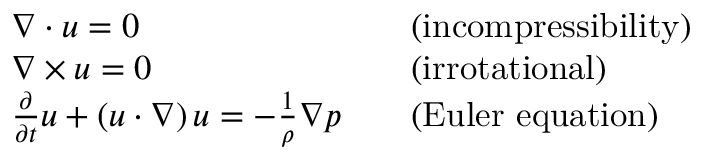
{ \begin{array} { r l r l } & { { \boldsymbol { \nabla } } \cdot { \boldsymbol { u } } = 0 } & & { { \mathrm { ( i n c o m p r e s s i b i l i t y ) } } } \\ & { { \boldsymbol { \nabla } } \times { \boldsymbol { u } } = 0 } & & { { \mathrm { ( i r r o t a t i o n a l ) } } } \\ & { { \frac { \partial } { \partial t } } { \boldsymbol { u } } + \left( { \boldsymbol { u } } \cdot { \boldsymbol { \nabla } } \right) { \boldsymbol { u } } = - { \frac { 1 } { \rho } } { \boldsymbol { \nabla } } p } & & { { \mathrm { ( E u l e r ~ e q u a t i o n ) } } } \end{array} }